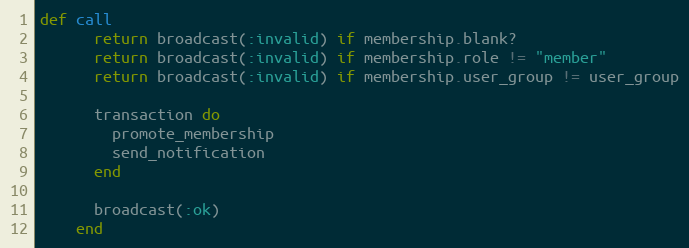
Language: Ruby
def call
      return broadcast(:invalid) if membership.blank?
      return broadcast(:invalid) if membership.role != "member"
      return broadcast(:invalid) if membership.user_group != user_group

      transaction do
        promote_membership
        send_notification
      end

      broadcast(:ok)
    end